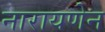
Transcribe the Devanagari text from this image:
नारायणेन